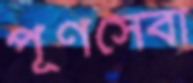
পূর্ণসেবা